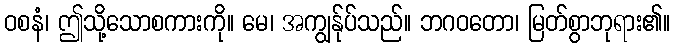
ဝစနံ၊ ဤသို့သောစကားကို။ မေ၊ အကျွန်ုပ်သည်။ ဘဂဝတော၊ မြတ်စွာဘုရား၏။